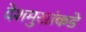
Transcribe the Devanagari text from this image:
देशमुखांकडे